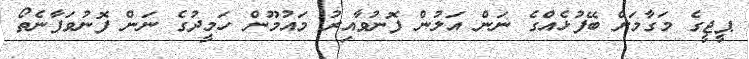
ޕީޖީގެ މަގާމަށް ބޭފުޅެއްގެ ނަން އަލުން ފޮނުވާއިރު މައުމޫން ހަމީދުގެ ނަން ފޮނުވަފާނެތޯ